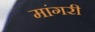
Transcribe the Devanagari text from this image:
मांगरी